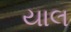
યાલ